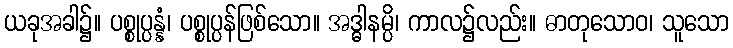
ယခုအခါ၌။ ပစ္စုပ္ပန္နံ၊ ပစ္စုပ္ပန်ဖြစ်သော။ အဒ္ဓါနမ္ပိ၊ ကာလ၌လည်း။ ဓာတုသောဝ၊ သူသော